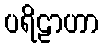
ပရိဠာဟာ